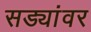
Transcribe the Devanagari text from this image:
सड्यांवर